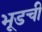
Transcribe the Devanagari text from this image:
भूडची